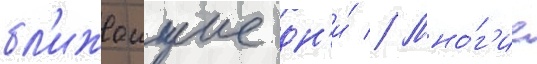
бл'ижаишие дн'и́ // Мно́г'ие